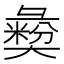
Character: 𢑱